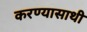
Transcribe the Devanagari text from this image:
करण्यासाथी